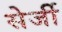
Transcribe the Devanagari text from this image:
सेर्जी